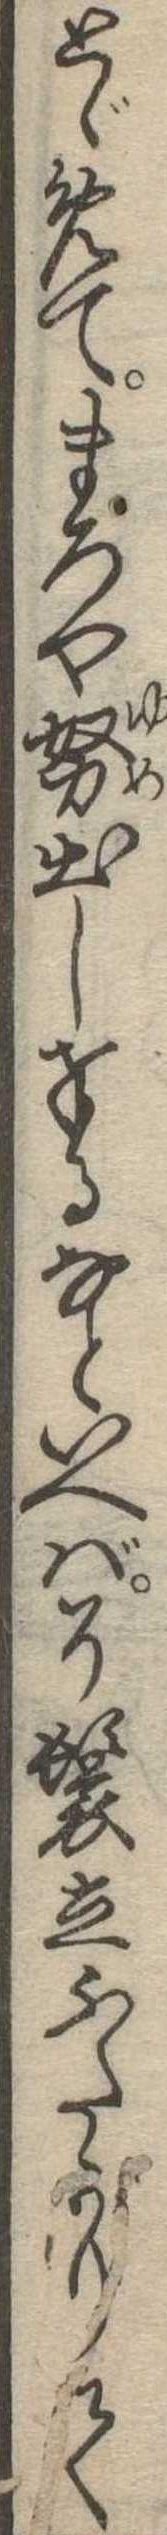
とゞめてまろや努出し奉るなといへば了鬟立ふたがりて